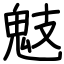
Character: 鬾